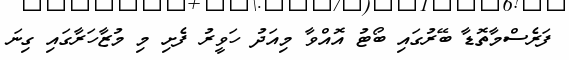
ފަރެސްމާތޮޑާ ބޭރުގައި ބޯޓު އޮއްވާ މިއަދު ހަވީރު ފެށި މި މުޒާހަރާގައި ގިނަ